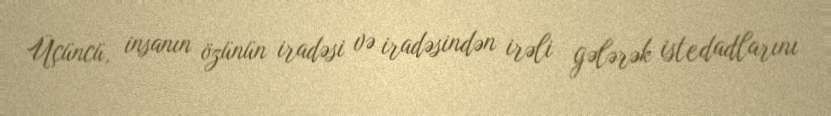
Üçüncü, insanın özünün iradəsi və iradəsindən irəli gələrək istedadlarını